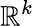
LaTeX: \mathbb{R}^{k}